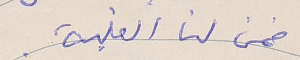
ضمن لنا الغلبة.